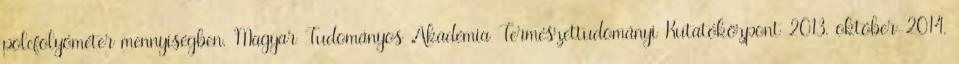
polcfolyóméter mennyiségben. Magyar Tudományos Akadémia Természettudományi Kutatóközpont 2013. október-2014.